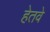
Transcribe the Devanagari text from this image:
हेतवे